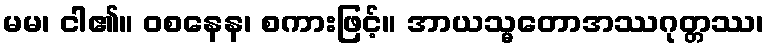
မမ၊ ငါ၏။ ဝစနေန၊ စကားဖြင့်။ အာယသ္မတောအဿဂုတ္တဿ၊